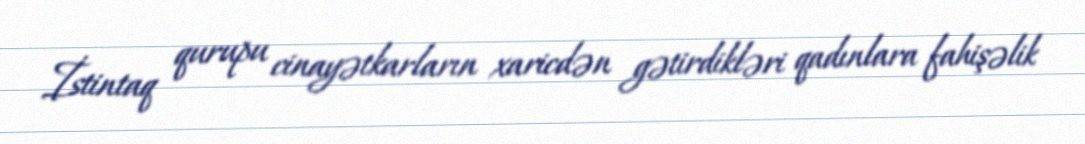
İstintaq qurupu cinayətkarların xaricdən gətirdikləri qadınlara fahişəlik